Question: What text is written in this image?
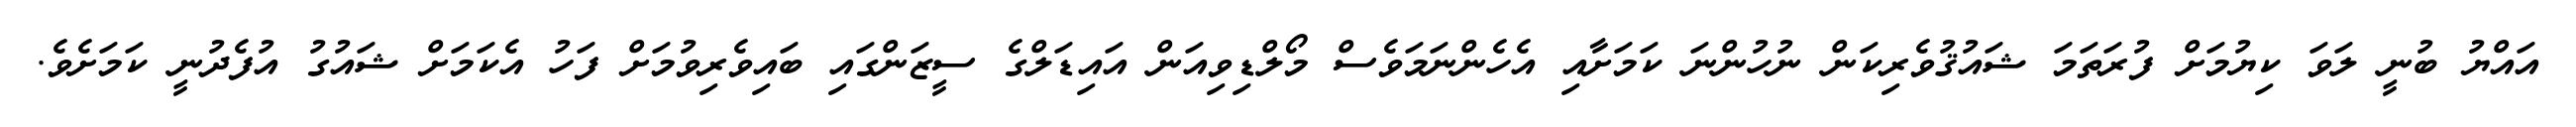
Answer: އައްޔު ބުނީ ލަވަ ކިޔުމަށް ފުރަތަމަ ޝައުޤުވެރިކަން ނުހުންނަ ކަމަށާއި އެހެންނަމަވެސް މޯލްޑިވިއަން އައިޑަލްގެ ސީޒަންގައި ބައިވެރިވުމަށް ފަހު އެކަމަށް ޝައުގު އުފެދުނީ ކަމަށެވެ.